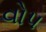
વોપ